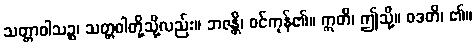
သတ္တာဝါသဉ္စ၊ သတ္တဝါတို့သို့လည်း။ ဘဇန္တိ၊ ဝင်ကုန်၏။ ဣတိ၊ ဤသို့။ ဝဒတိ၊ ၏။